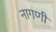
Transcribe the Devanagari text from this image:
नागणी